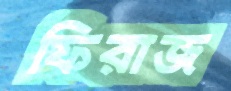
ফিরাজ